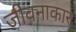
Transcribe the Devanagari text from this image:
जीवनाकार